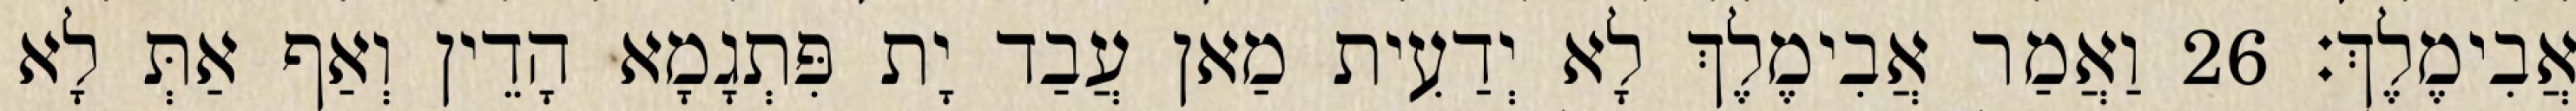
אֲבִימֶלֶךְ׃ 26 וַאֲמַר אֲבִימֶלֶךְ לָא יְדַעִית מַאן עֲבַד יָת פִּתְגָמָא הָדֵין וְאַף אַתְּ לָא